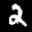
Label: 2